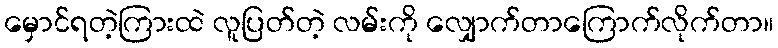
မှောင်ရတဲ့ကြားထဲ လူပြတ်တဲ့ လမ်းကို လျှောက်တာကြောက်လိုက်တာ။